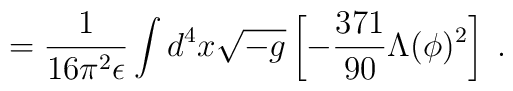
=\frac{1}{16 \pi^2 \epsilon}\int d^4x\sqrt{-g}\left[ -\frac{371}{90}\Lambda(\phi)^2 \right]\;.